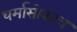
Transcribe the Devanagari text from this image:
धर्मासोबतच